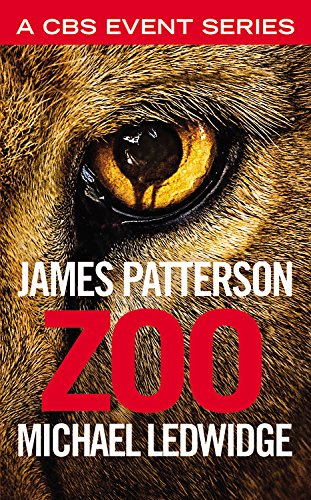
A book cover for Zoo; James Patterson; Mystery, Thriller & Suspense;